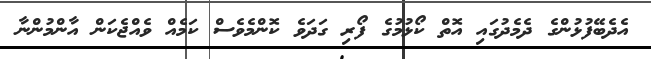
އެދެބޭފުޅުންގެ ދެމެދުގައި އޮތް ކޯޅުމުގެ ފޯރި ގަދަވެ ކޮންމެވެސް ކަމެއް ވެއްޖެކަން އާންމުންނާ